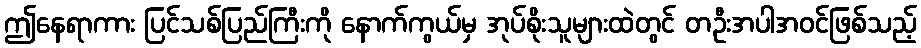
ဤနေရာကား ပြင်သစ်ပြည်ကြီးကို နောက်ကွယ်မှ အုပ်စိုးသူများထဲတွင် တဦးအပါအဝင်ဖြစ်သည့်